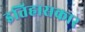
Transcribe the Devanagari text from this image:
इतिहासकार